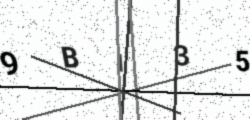
Text: 9BI35